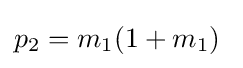
p_{2}=m_{1}(1+m_{1})\